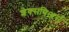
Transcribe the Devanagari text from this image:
शेक्सपिअर्स